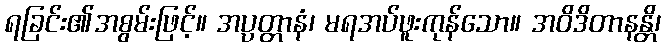
ရခြင်း၏အစွမ်းဖြင့်။ အပ္ပတ္တာနံ၊ မရအပ်ဖူးကုန်သော။ အဝိဒိတာနန္တိ၊